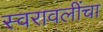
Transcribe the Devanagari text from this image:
स्वरावलींचा